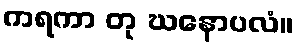
ကရကာ တု ဃနောပလံ။